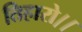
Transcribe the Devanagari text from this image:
तिहारो।।